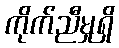
ကိုက်ညီမှုရှိ